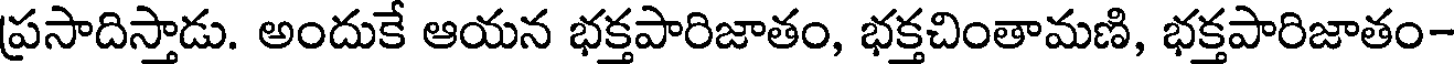
ప్రసాదిస్తాడు. అందుకే ఆయన భక్తపారిజాతం, భక్తచింతామణి, భక్తపారిజాతం-